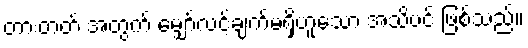
တားတတ် အတွက် မျှော်လင့်ချက်မရှိဟူသော အသိပင် ဖြစ်သည်။